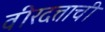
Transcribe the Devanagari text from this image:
वीरदत्ताची